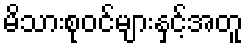
မိသားစုဝင်များနှင့်အတူ